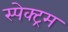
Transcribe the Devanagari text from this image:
स्पेक्‍ट्रम